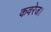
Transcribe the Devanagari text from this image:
कवरेज।